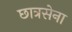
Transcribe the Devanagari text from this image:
छात्रसेना